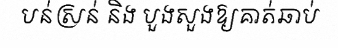
បន់ស្រន់ និង បួងសួងឱ្យគាត់ឆាប់